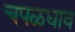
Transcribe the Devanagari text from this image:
चपळधाव